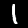
Label: 1